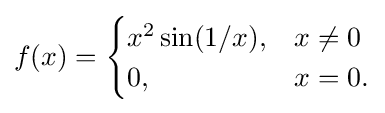
f(x)={\begin{cases}x^{2}\sin(1/x),&x\neq 0\\0,&x=0.\end{cases}}